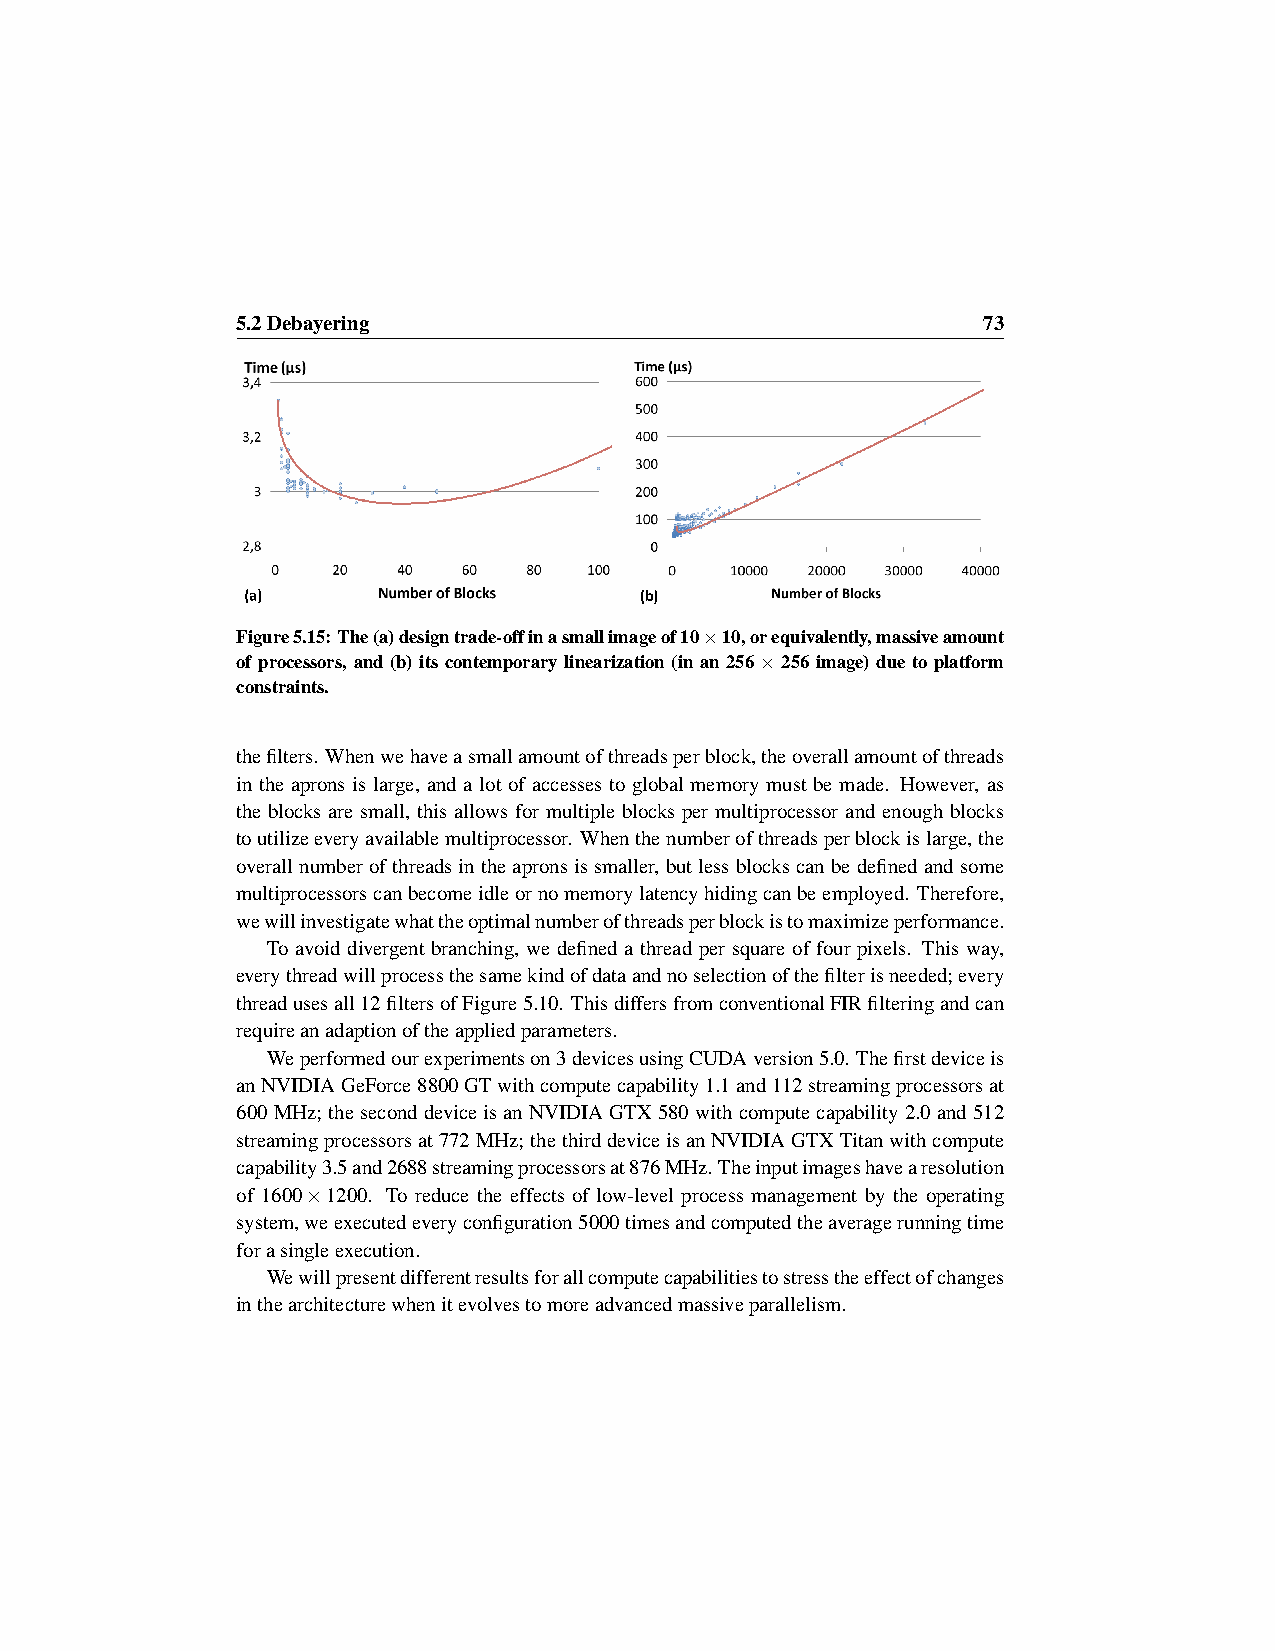
5.2Debayering                                    73
 Figure5.15:The(a)designtrade-offinasmallimageof10×10,orequivalently,massiveamount
 of processors, and (b) its contemporary linearization (in an 256 × 256 image) due to platform
 constraints.
 thefilters. Whenwehaveasmallamountofthreadsperblock,theoverallamountofthreads
 in the aprons is large, and a lot of accesses to global memory must be made. However, as
 the blocks are small, this allows for multiple blocks per multiprocessor and enough blocks
 toutilizeeveryavailablemultiprocessor. Whenthenumberofthreadsperblockislarge,the
 overallnumberofthreadsintheapronsissmaller, butlessblockscanbedefinedandsome
 multiprocessorscanbecomeidleornomemorylatencyhidingcanbeemployed. Therefore,
 wewillinvestigatewhattheoptimalnumberofthreadsperblockistomaximizeperformance.
 To avoid divergent branching, we defined a thread per square of four pixels. This way,
 everythreadwillprocessthesamekindofdataandnoselectionofthefilterisneeded;every
 threadusesall12filtersofFigure5.10. ThisdiffersfromconventionalFIRfilteringandcan
 requireanadaptionoftheappliedparameters.
 Weperformedourexperimentson3devicesusingCUDAversion5.0. Thefirstdeviceis
 anNVIDIAGeForce8800GTwithcomputecapability1.1and112streamingprocessorsat
 600MHz; theseconddeviceisanNVIDIAGTX580withcomputecapability2.0and512
 streamingprocessorsat772MHz; thethirddeviceisanNVIDIAGTXTitanwithcompute
 capability3.5and2688streamingprocessorsat876MHz.Theinputimageshavearesolution
 of 1600×1200. To reduce the effects of low-level process management by the operating
 system,weexecutedeveryconfiguration5000timesandcomputedtheaveragerunningtime
 forasingleexecution.
 Wewillpresentdifferentresultsforallcomputecapabilitiestostresstheeffectofchanges
 inthearchitecturewhenitevolvestomoreadvancedmassiveparallelism.